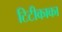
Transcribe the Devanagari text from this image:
टिटीकाका